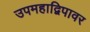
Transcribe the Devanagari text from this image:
उपमहाद्विपावर